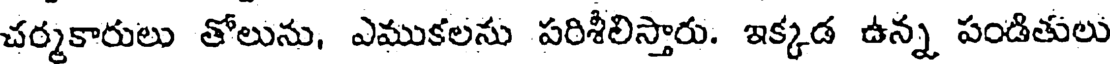
చర్మకారులు తోలును, ఎముకలను పరిశీలిస్తారు. ఇక్కడ ఉన్న పండితులు